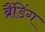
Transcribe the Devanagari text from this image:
ब्रैंडिंग